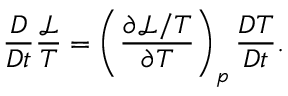
\frac { D } { D t } \frac { \mathcal { L } } { T } = \left( \frac { \partial \mathcal { L } / T } { \partial T } \right) _ { p } \frac { D T } { D t } .